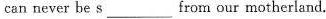
can never be s ___ from our motherland.